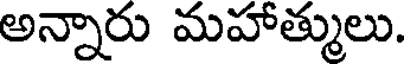
అన్నారు మహాత్ములు.